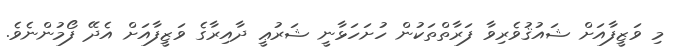
މި ވަޒީފާއަށް ޝައުޤުވެރިވާ ފަރާތްތަކުން ހުށަހަޅާނީ ޝަރުޢީ ދާއިރާގެ ވަޒީފާއަށް އެދޭ ފޯމުންނެވެ.